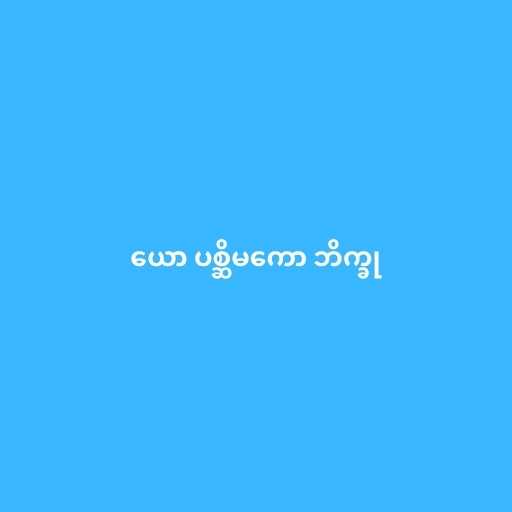
ယော ပစ္ဆိမကော ဘိက္ခု